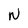
Character: N